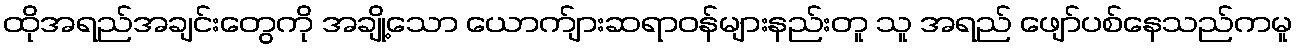
ထိုအရည်အချင်းတွေကို အချို့သော ယောက်ျားဆရာဝန်များနည်းတူ သူ အရည် ဖျော်ပစ်နေသည်ကမူ